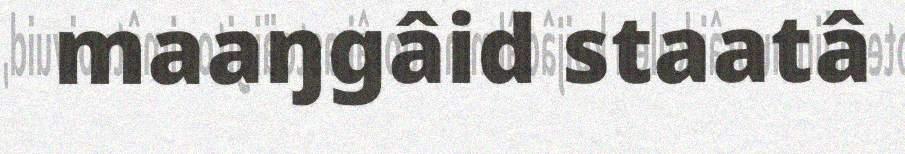
maaŋgâid staatâ